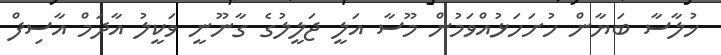
ޚުލާސާ ބަޔާން ހުށަހަޅުއްވަމުން މޫސާ އަލީ ޖަލީލުގެ ގާނޫނީ ވަކީލު އާދަމް އާސިފް